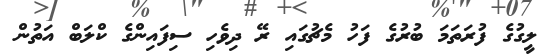
ލީގުގެ ފުރަތަމަ ބުރުގެ ފަހު މެޗުގައި ރޭ ދިވެހި ސިފައިންގެ ކްލަބް އަތުން